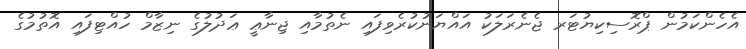
އެހެންކަމުން ޕްރޮސިކިޔުޓަރ ޖެނެރަލަކު އައްޔަނުކުރެވިފައި ނެތުމާއި ޖިނާޢީ ޢަދުލުގެ ނިޒާމް ހުއްޓިފައި އޮތުމުގެ